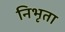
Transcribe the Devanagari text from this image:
निभृता